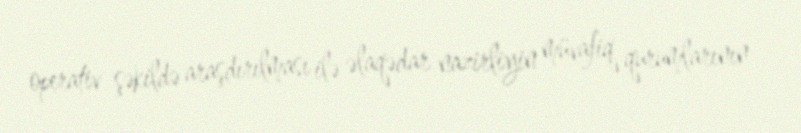
operativ şəkildə araşdırılması ilə əlaqədar nazirliyin müvafiq qurumlarının